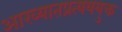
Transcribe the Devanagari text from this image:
आख्यातप्रत्यययुक्त